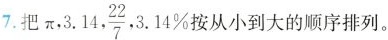
7把 \pi ,3.14, \frac{22}{7},3.14\% 按从小到大的顺序排列。